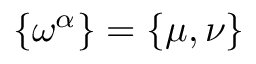
\smash { \{ \omega ^ { \alpha } \} } = \{ \mu , \nu \}